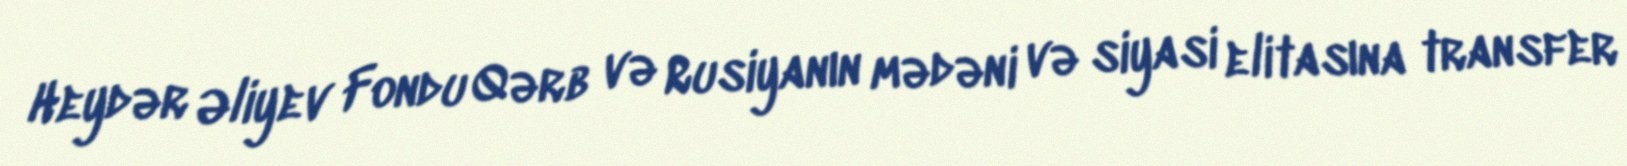
Heydər Əliyev Fondu Qərb və Rusiyanın mədəni və siyasi elitasına transfer